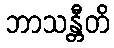
ဘာသန္တီတိ